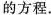
的方程.